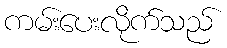
ကမ်းပေးလိုက်သည်